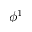
\phi ^ { 1 }